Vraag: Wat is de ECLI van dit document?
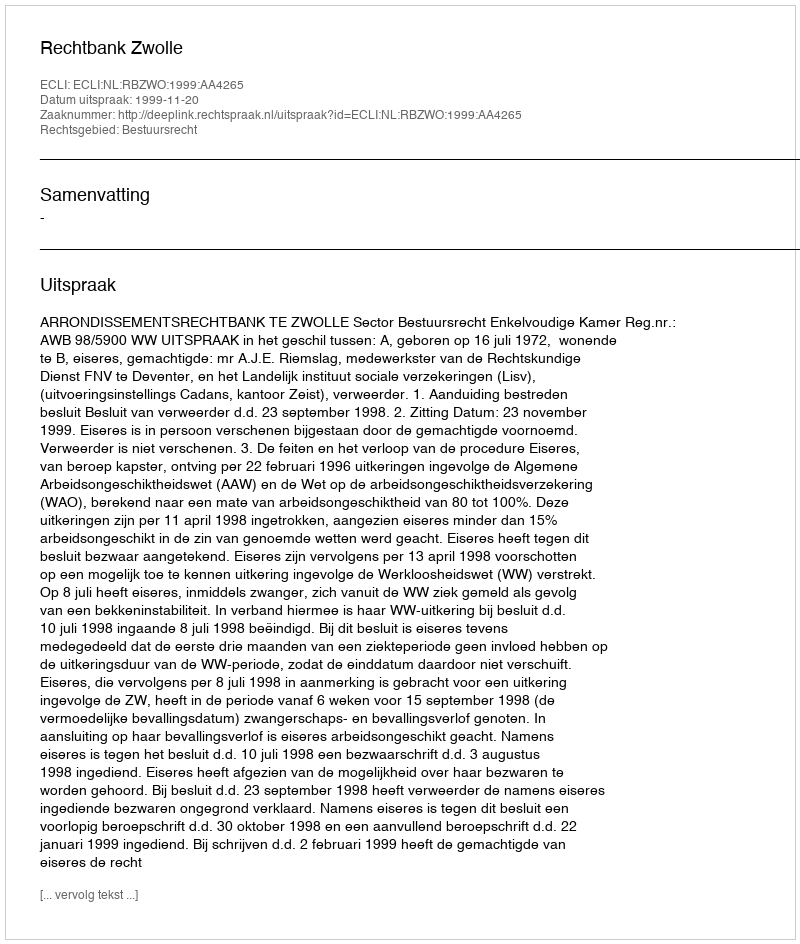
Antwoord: ECLI:NL:RBZWO:1999:AA4265